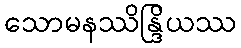
သောမနဿိန္ဒြိယဿ